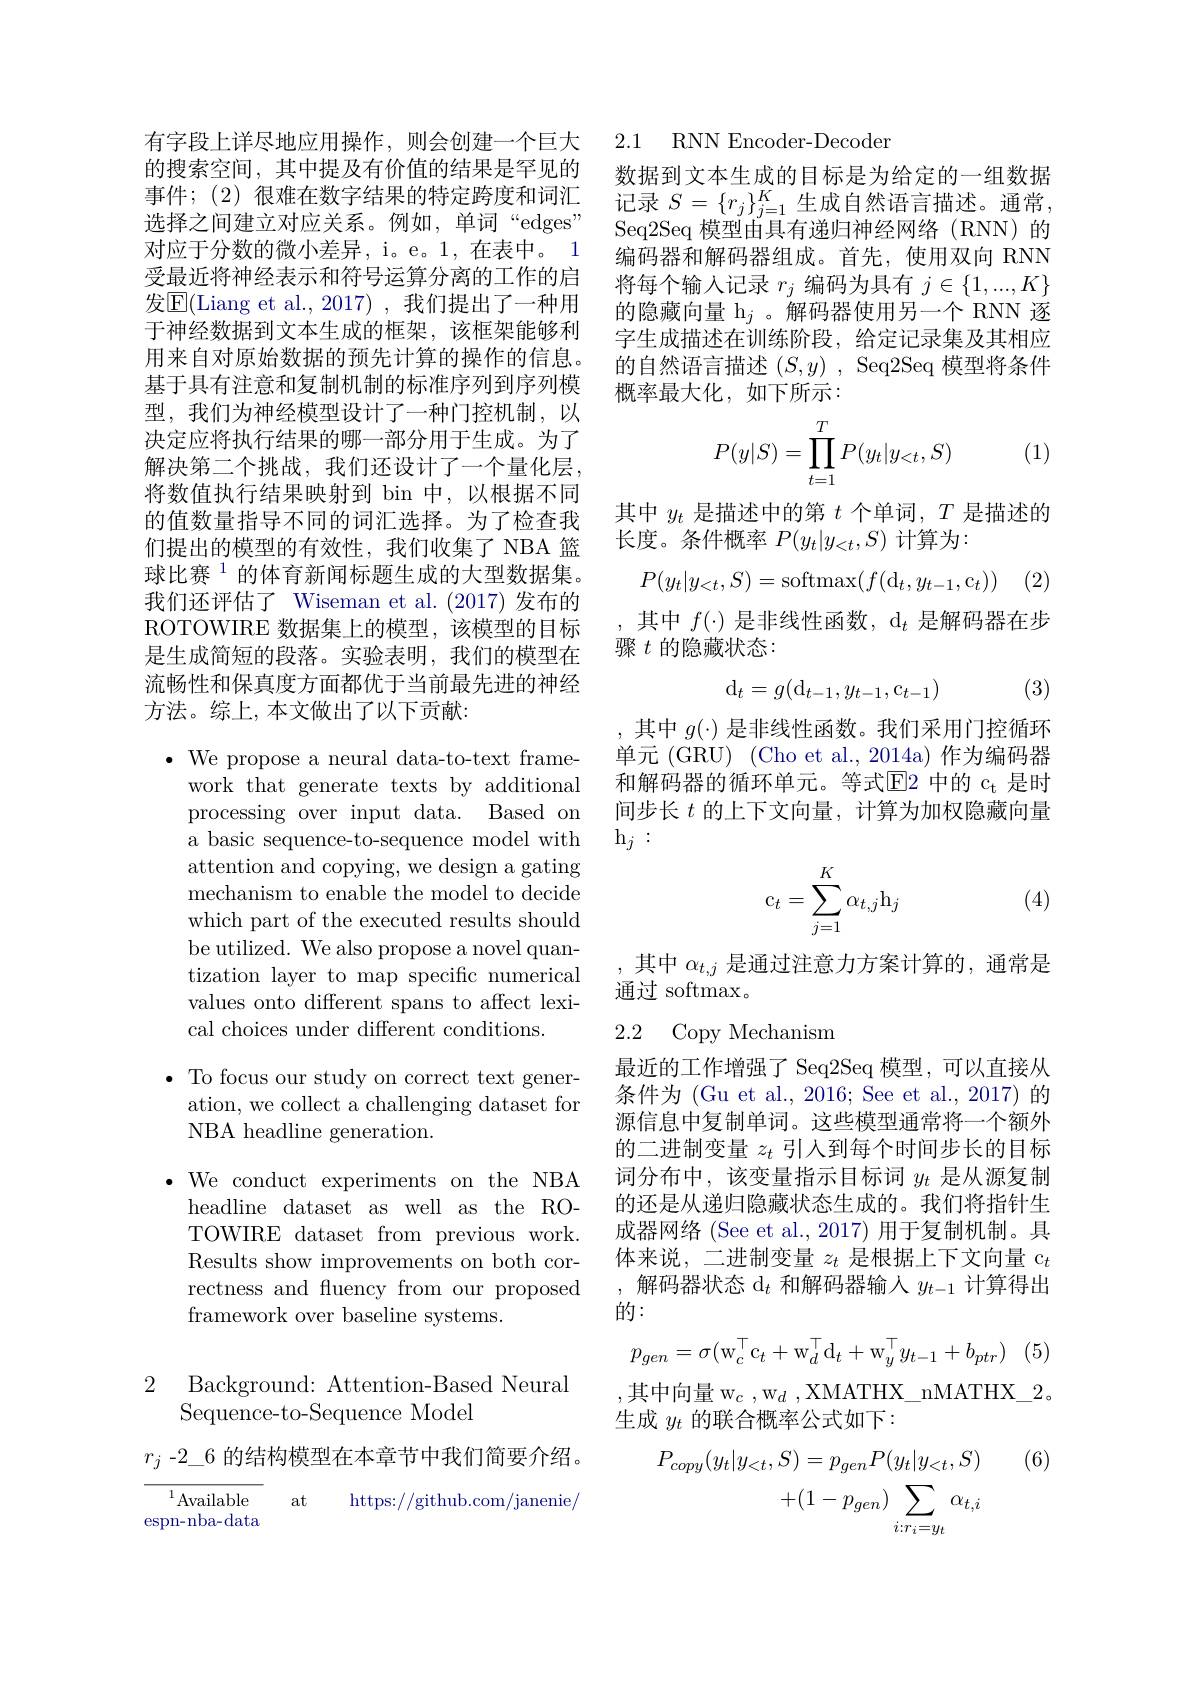
有字段上详尽地应用操作，则会创建一个巨大的搜索空间，其中提及有价值的结果是罕见的事件；(2) 很难在数字结果的特定跨度和词汇选择之间建立对应关系。例如，单词“edges” 对应于分数的微小差异，i。e。1,在表中。1受最近将神经表示和符号运算分离的工作的启发$\overline{\mathrm{E}}($Liang et al.,2017),我们提出了一种用于神经数据到文本生成的框架，该框架能够利用来自对原始数据的预先计算的操作的信息。基于具有注意和复制机制的标准序列到序列模型，我们为神经模型设计了一种门控机制，以决定应将执行结果的哪一部分用于生成。为了解决第二个挑战，我们还设计了一个量化层， 将数值执行结果映射到 bin 中，以根据不同的值数量指导不同的词汇选择。为了检查我们提出的模型的有效性，我们收集了 NBA 篮球比赛$^{1}$的体育新闻标题生成的大型数据集。我们还评估了 Wiseman et al.(2017)发布的ROTOWIRE 数据集上的模型，该模型的目标是生成简短的段落。实验表明，我们的模型在流畅性和保真度方面都优于当前最先进的神经方法。综上，本文做出了以下贡献：

$\bullet$ We propose a neural data-to-text frame-
work that generate texts by additional processing over input data. Based on a basic sequence-to-sequence model with attention and copying, we design a gating mechanism to enable the model to decide which part of the executed results should be utilized. We also propose a novel quantization layer to map specific numerical values onto different spans to affect lexical choices under different conditions.

$\bullet$ To focus our study on correct text gener-
ation, we collect a challenging dataset for
NBA headline generation.

$\bullet$ We conduct experiments on the NBA headline dataset as well as the ROTOWIRE dataset from previous work. Results show improvements on both correctness and fluency from our proposed framework over baseline systems.

2 Background: Attention-Based Neural
Sequence-to-Sequence Model

$r_j-2\_6$的结构模型在本章节中我们简要介绍。

${\overline{{^{1}}}}{\mathrm{Available}}$
at
https://github.com/janenie/
espn-nba-data

2.1 RNN Encoder-Decoder

数据到文本生成的目标是为给定的一组数据记录$S=\{r_j\}_{j=1}^K$生成自然语言描述。通常， Seq2Seq 模型由具有递归神经网络(RNN)的编码器和解码器组成。首先，使用双向 RNN 将每个输入记录$r_j$编码为具有$j\in\{1,...,K\}$ 的隐藏向量 h$_j$ 。解码器使用另一个 RNN 逐字生成描述在训练阶段，给定记录集及其相应的自然语言描述$(S,y)$, Seq2Seq 模型将条件概率最大化，如下所示：
$$P(y|S)=\prod_{t=1}^TP(y_t|y_{<t},S)$$
(1)

其中$y_t$是描述中的第$t$个单词，$T$是描述的
长度。条件概率$P(y_t|y_{<t},S)$计算为：

(2)
$$P(y_t|y_{<t},S)=\mathrm{softmax}(f(\mathrm{d}_t,y_{t-1},\mathrm{c}_t))$$
其中$f(\cdot)$是非线性函数，d$_t$是解码器在步
骤$t$的隐藏状态：
$$\mathrm d_t=g(\mathrm d_{t-1},y_{t-1},\mathrm c_{t-1})$$
(3)

其中$g(\cdot)$是非线性函数。我们采用门控循环单元 (GRU) (Cho et al., 2014a) 作为编码器和解码器的循环单元。等式$\mathbb{E}$2 中的 c$_\mathrm{t}$ 是时间步长$t$的上下文向量，计算为加权隐藏向量$\mathrm{h}_{j}:$
$$\mathrm c_t=\sum_{j=1}^K\alpha_{t,j}\mathrm h_j$$
(4)

,其中$\alpha_{t,j}$ 是通过注意力方案计算的，通常是
通过 softmax。

## 2.2 Copy Mechanism

最近的工作增强了 Seq2Seq 模型，可以直接从条件为 (Gu et al., 2016; See et al., 2017) 的源信息中复制单词。这些模型通常将一个额外的二进制变量$z_t$引人到每个时间步长的目标词分布中，该变量指示目标词$y_t$是从源复制的还是从递归隐藏状态生成的。我们将指针生成器网络 (See et al.,2017) 用于复制机制。具体来说，二进制变量$z_t$是根据上下文向量 c$_t$ 解码器状态$\mathrm{d}_t$和解码器输入$y_t-1$计算得出的：
$$p_{gen}=\sigma(\mathrm w_c^\top\mathrm c_t+\mathrm w_d^\top\mathrm d_t+\mathrm w_y^\top y_{t-1}+b_{ptr})$$
,其中向量 w$_c$,w$_d$,XMATHX\_nMATHX\_2。
生成$y_t$的联合概率公式如下：

(6)
$$\begin{aligned}P_{copy}(y_{t}|y_{<t},S)&=p_{gen}P(y_{t}|y_{<t},S)\\&+(1-p_{gen})\sum_{i:r_{i}=y_{t}}\alpha_{t,i}\end{aligned}$$